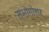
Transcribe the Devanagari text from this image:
संभोगोत्तर